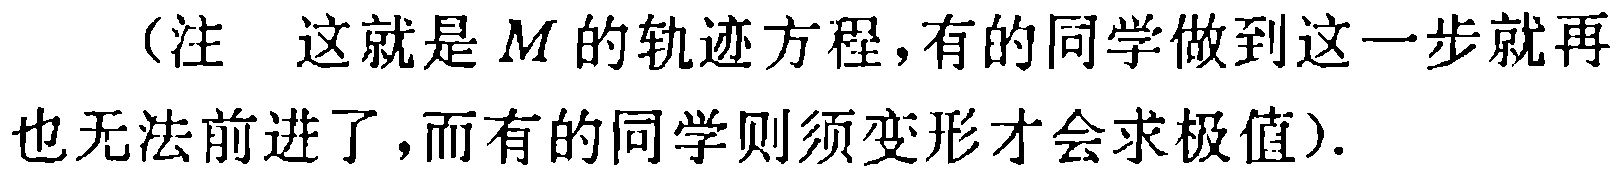
（注 这就是 \(M\) 的轨迹方程，有的同学做到这一步就再也无法前进了，而有的同学则须变形才会求极值）.